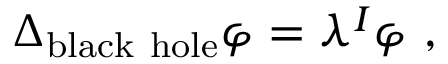
\Delta _ { \mathrm { b l a c k ~ h o l e } } \varphi = \lambda ^ { I } \varphi ~ ,